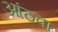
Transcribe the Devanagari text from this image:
आंठवा